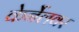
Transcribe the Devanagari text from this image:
केर्नेलवर